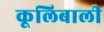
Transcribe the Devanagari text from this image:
कूलिबाली